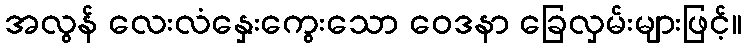
အလွန် လေးလံနှေးကွေးသော ဝေဒနာ ခြေလှမ်းများဖြင့်။